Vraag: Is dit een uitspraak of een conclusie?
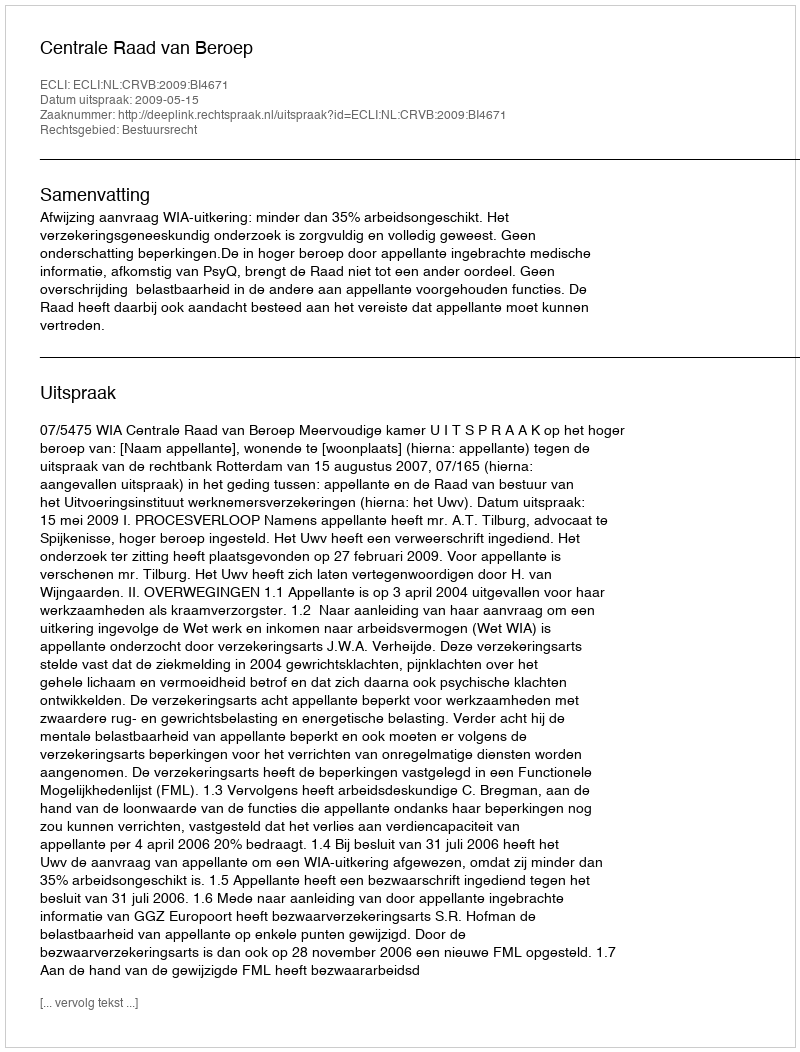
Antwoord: Uitspraak